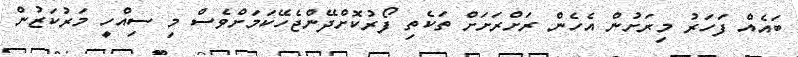
ބައެއް ފަހަރު މިރަށުން އެހެން ރަށްރަށަށް ތަކެތި ފޯރުކޮށްދޭންޖެހޭކަމަށްވެސް މި ސިއްހީ މަރުކަޒުން